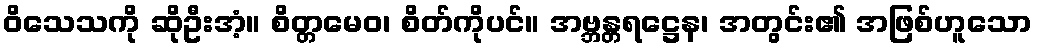
ဝိသေသကို ဆိုဦးအံ့။ စိတ္တမေဝ၊ စိတ်ကိုပင်။ အဗ္ဘန္တရဋ္ဌေန၊ အတွင်း၏ အဖြစ်ဟူသော